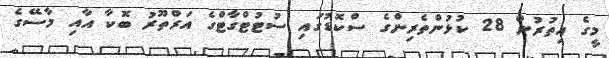
މީގެ އިތުރުން 28 ކުޅުންތެރިންގެ ސްކޮޑުގައި ސުޓުޓްގާޓްގެ އަރްތޫރު ބޮކާ އާއި މާސޭގެ